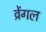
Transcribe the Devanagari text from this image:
व्रेंगल